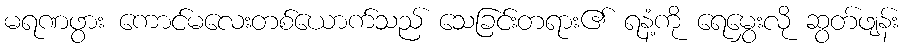
မရဏဖွား ကောင်မလေးတစ်ယောက်သည် သေခြင်းတရား၏ ရနံ့ကို ရေမွှေးလို ဆွတ်ဖျန်း